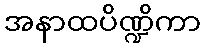
အနာထပိဏ္ဍိကာ